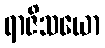
ရာဇိသယော